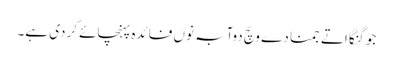
جو گنگا اتے جمنا دے وچّ دوآبہ نوں فائدہ پہنچائے کردی ہے۔